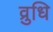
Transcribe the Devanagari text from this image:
व्रुधि